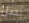
نصل